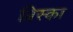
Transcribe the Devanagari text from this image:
ब्रिस्का